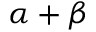
\alpha + \beta